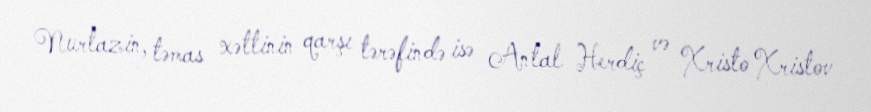
Nurtazin, təmas xəttinin qarşı tərəfində isə Antal Herdiç və Xristo Xristov